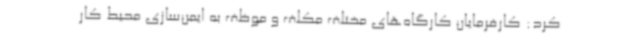
کرد: کارفرمایان کارگاه‌های مختلف مکلف و موظف به ایمن‌سازی محیط کار